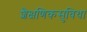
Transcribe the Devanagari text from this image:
शैक्षणिकसुविधा